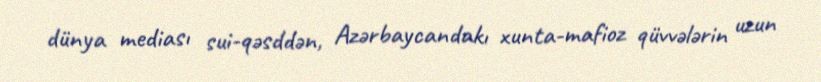
dünya mediası sui-qəsddən, Azərbaycandakı xunta-mafioz qüvvələrin uzun